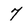
Character: 7